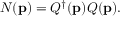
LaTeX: N ( { \bf p } ) = Q ^ { \dagger } ( { \bf p } ) Q ( { \bf p } ) .